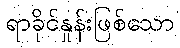
ရာခိုင်နှုန်းဖြစ်သော